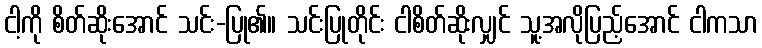
ငါ့ကို စိတ်ဆိုးအောင် သင်း-ပြု၏။ သင်းပြုတိုင်း ငါစိတ်ဆိုးလျှင် သူ့အလိုပြည့်အောင် ငါကသာ